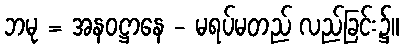
ဘမု = အနဝဋ္ဌာနေ - မရပ်မတည် လည်ခြင်း၌။